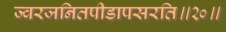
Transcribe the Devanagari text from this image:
ज्वरजनितपीडापसरति॥२०॥